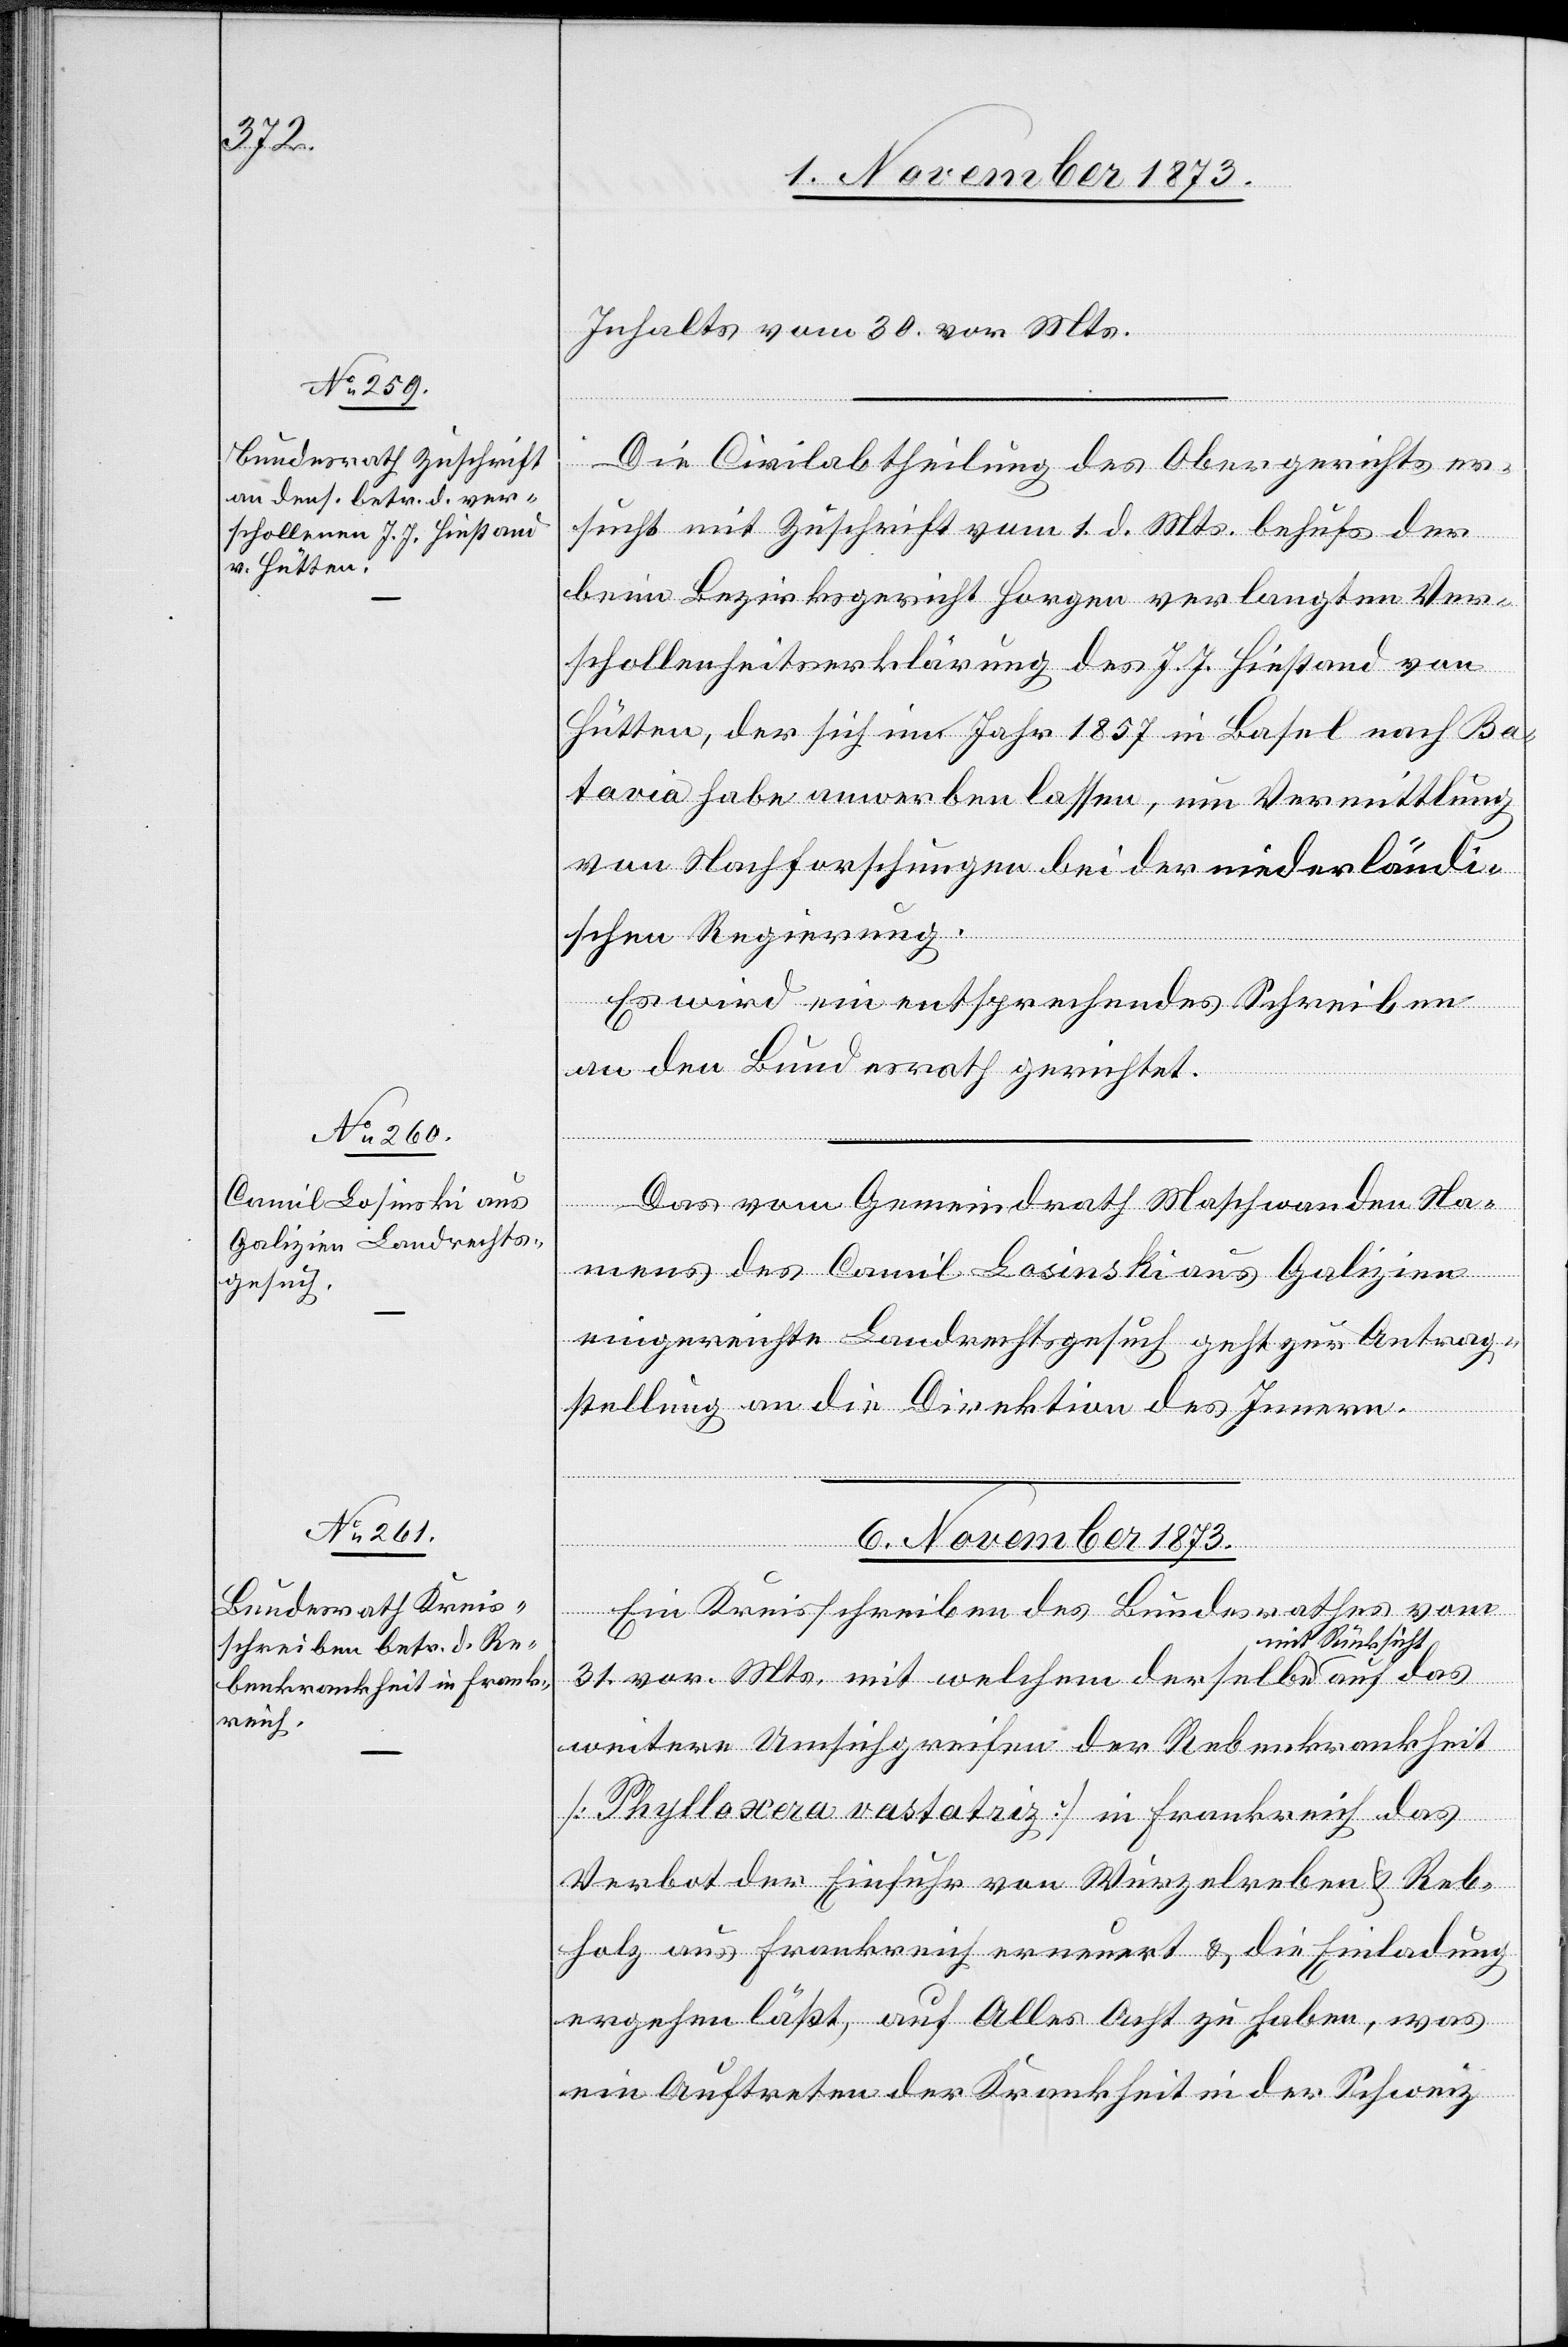
Inhalts vom 30. vor. Mts.
Die Civilabtheilung des Obergerichts er¬
sucht mit Zuschrift vom 1. d. Mts. behufs der
beim Bezirksgericht Horgen verlangten Ver¬
schollenheitserklärung des J. J. Hiestand von
Hütten, der sich im Jahr 1857 in Basel nach Ba¬
tavia habe anwerben lassen, um Vermittlung
von Nachforschungen bei der niederländi¬
schen Regierung.
Es wird ein entsprechendes Schreiben
an den Bundesrath gerichtet.
Das vom Gemeindrath Maschwanden Na¬
mens des Camil Losinski aus Galizien
eingereichte Landrechtsgesuch geht zur Antrag¬
stellung an die Direktion des Innern.
6. November 1873.
Ein Kreisschreiben des Bundesrathes vom
31. vor. Mts. mit welchem derselbe mit
weitere Umsichgreifen der Rebenkrankheit
[Phylloxera vastatriz] in Frankreich das
Verbot der Einfuhr von Wurzelreben & Reb¬
holz aus Frankreich erneuert & die Einladung
ergehen läßt, auf Alles Acht zu haben, was
ein Auftreten der Krankheit in der Schweiz